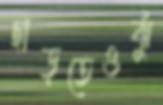
ছাড়তেওঝুঁ